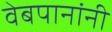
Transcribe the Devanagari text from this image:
वेबपानांनी